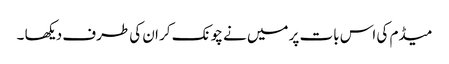
میڈم کی اس بات پر میں نے چونک کر ان کی طرف دیکھا ۔